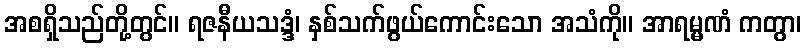
အစရှိသည်တို့တွင်။ ရဇနီယသဒ္ဒံ၊ နှစ်သက်ဖွယ်ကောင်းသော အသံကို။ အာရမ္မဏံ ကတွာ၊